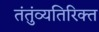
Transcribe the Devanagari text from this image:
तंतुंव्यतिरिक्त